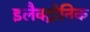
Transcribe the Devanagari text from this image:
इलैक्ट्रोनिक